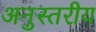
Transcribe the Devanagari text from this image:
अनुस्तरीय